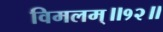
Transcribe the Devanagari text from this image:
विमलम्॥१२॥